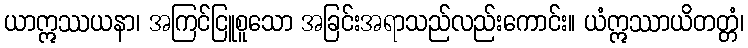
ယာဣဿယနာ၊ အကြင်ငြူစူသော အခြင်းအရာသည်လည်းကောင်း။ ယံဣဿာယိတတ္တံ၊